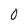
Character: 0